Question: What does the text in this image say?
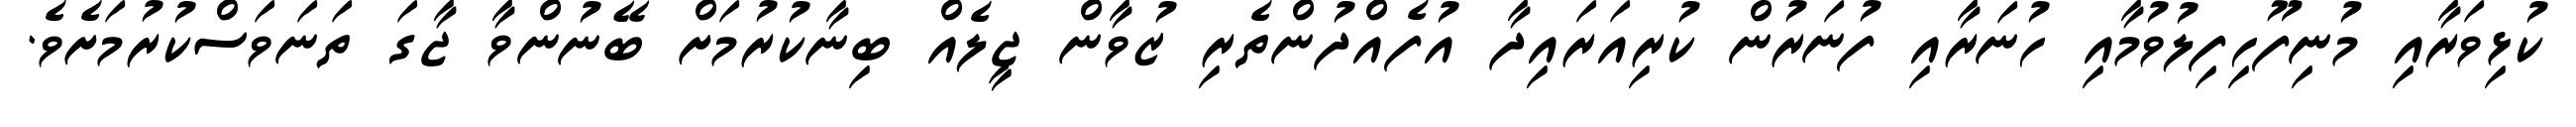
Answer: ކުޅިވަރާއި މުނިފޫހިފިލުވުމާއި ހުނަރާއި ފުނަރުން ކުރިއަރައިދާ އުފެއްދުންތެރި ޒުވާން ޖީލެއް ބިނާކުރުމަށް ބޭނުންވާ ޖާގަ ތަނަވަސްކުރުމަށެވެ.